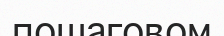
пошаговом